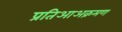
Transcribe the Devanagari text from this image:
प्रतिआअक्रमण